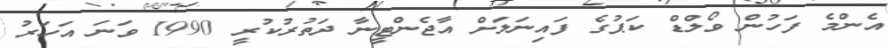
އެންމެ ފަހުން ވޯލްޑް ކަޕުގެ ފައިނަލަށް އާޖެންޓީނާ ދަތުރުކުރީ 1990 ވަނަ އަހަރު